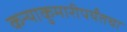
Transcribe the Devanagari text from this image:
कन्याकुमारीपर्यंतचा